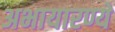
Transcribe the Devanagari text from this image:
अभायारण्ये